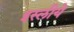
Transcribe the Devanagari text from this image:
इस्लीये